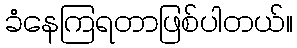
ခံနေကြရတာဖြစ်ပါတယ်။